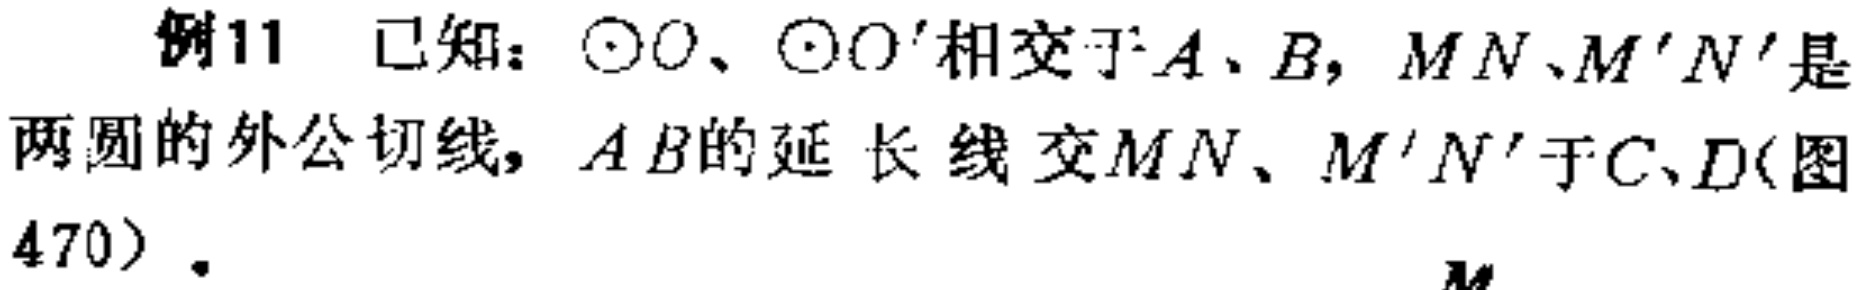
例11 已知：$\odot O$、$\odot O'$相交于$A$、$B$，$MN$、$M'N'$是两圆的外公切线，$AB$的延长线交$MN$、$M'N'$于$C、D$(图470)。